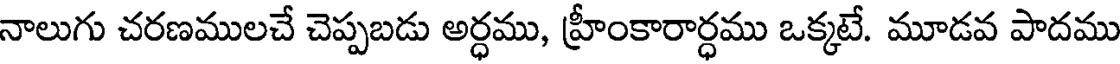
నాలుగు చరణములచే చెప్పబడు అర్ధము, హ్రీంకారార్ధము ఒక్కటే. మూడవ పాదము